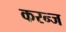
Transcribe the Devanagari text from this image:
करन्‍ज